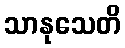
သာနုသေတိ